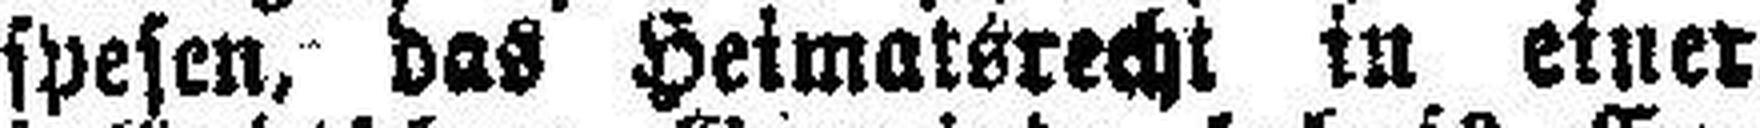
spesen, das Heimatsrecht in einer